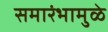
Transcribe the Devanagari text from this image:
समारंभामुळे